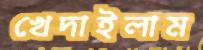
খেদাইলাম